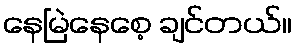
နေမြဲနေစေ့ ချင်တယ်။